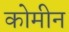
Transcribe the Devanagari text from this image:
कोमीन